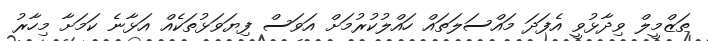
ތަޒްމީލް ވިދާޅުވީ އެފަދަ މައްސަލަތައް ހައްލުކުރުމަށް އަވަސް ފިޔަވަޅުތަކެެއް އަޅާނެ ކަމަށާ މިހާރު